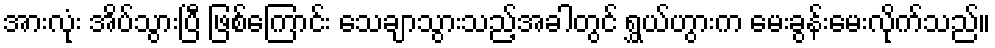
အားလုံး အိပ်သွားပြီ ဖြစ်ကြောင်း သေချာသွားသည့်အခါတွင် ရွှယ်ဟွားက မေးခွန်းမေးလိုက်သည်။